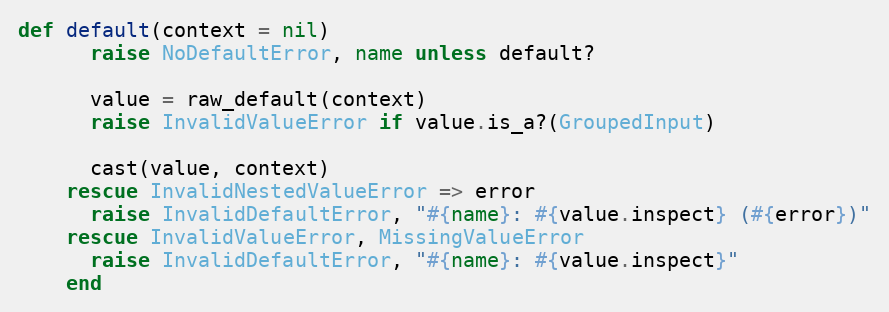
Language: Ruby
def default(context = nil)
      raise NoDefaultError, name unless default?

      value = raw_default(context)
      raise InvalidValueError if value.is_a?(GroupedInput)

      cast(value, context)
    rescue InvalidNestedValueError => error
      raise InvalidDefaultError, "#{name}: #{value.inspect} (#{error})"
    rescue InvalidValueError, MissingValueError
      raise InvalidDefaultError, "#{name}: #{value.inspect}"
    end